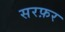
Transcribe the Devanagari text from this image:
सरफ़र